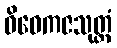
ဝိဝေကဇသုတ္တံ